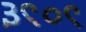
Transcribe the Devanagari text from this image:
३९०९